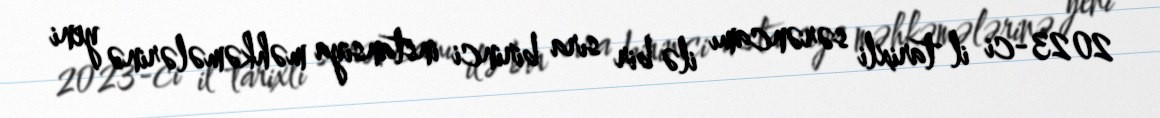
2023-ci il tarixli sərəncamı ilə bir sıra birinci instansiya məhkəmələrinə yeni